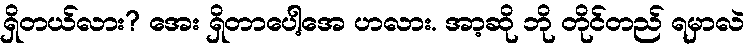
ရှိတယ်လား? အေး ရှိတာပေါ့အေ ဟလား. အာ့ဆို ဘို တိုင်တည် ရမှာလဲ